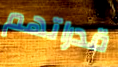
قدراتهم